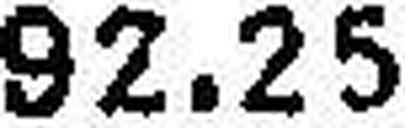
92.25